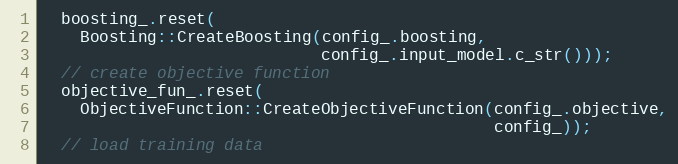
Language: C++
  boosting_.reset(
    Boosting::CreateBoosting(config_.boosting,
                             config_.input_model.c_str()));
  // create objective function
  objective_fun_.reset(
    ObjectiveFunction::CreateObjectiveFunction(config_.objective,
                                               config_));
  // load training data